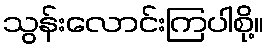
သွန်းလောင်းကြပါစို့။